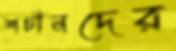
শচীনদের